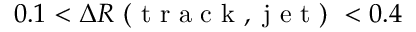
0 . 1 < \Delta R \mathrm { ~ ( ~ t ~ r ~ a ~ c ~ k ~ , ~ j ~ e ~ t ~ ) ~ } < 0 . 4